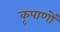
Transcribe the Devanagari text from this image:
कृपाणों